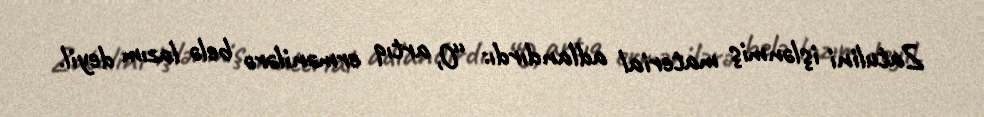
Zatulini işlənmiş material adlandırdı: “O, artıq ermənilərə belə lazım deyil.